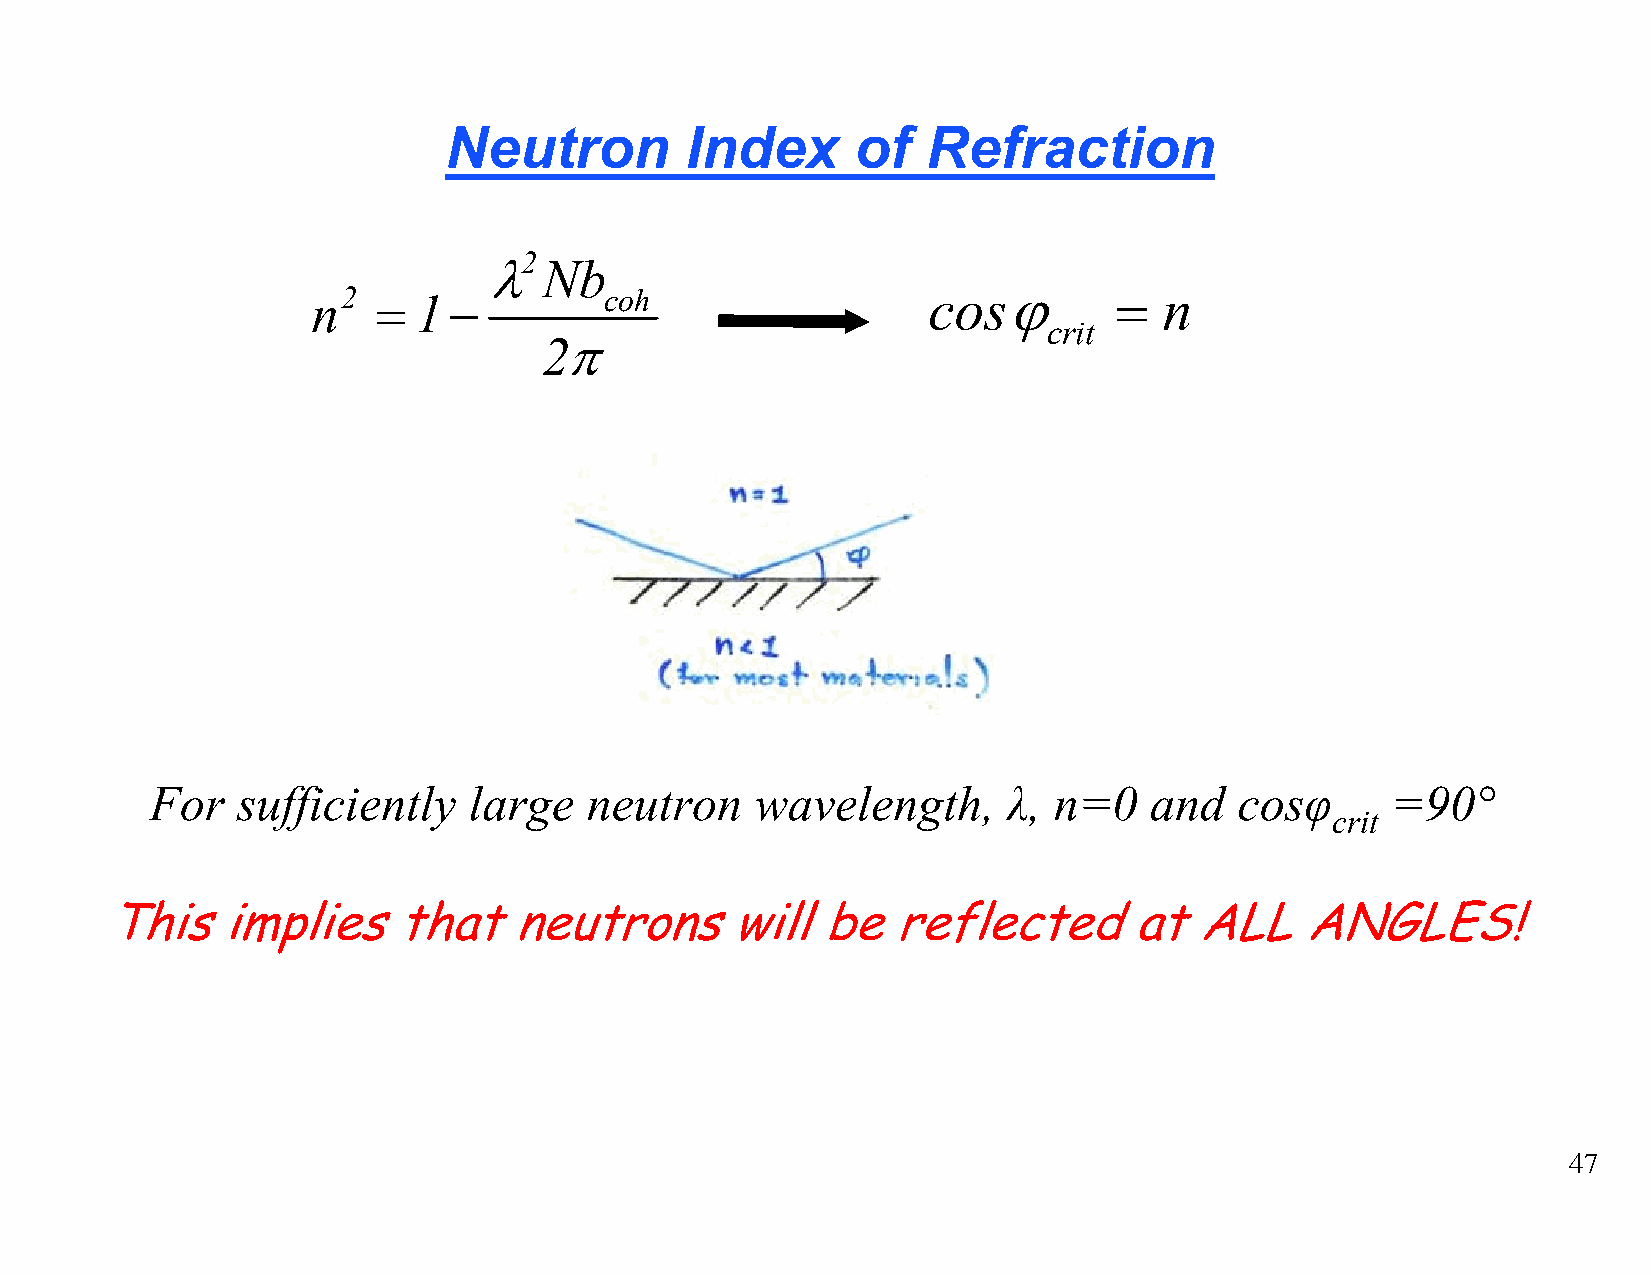
Neutron         Index       of  Refraction
 2
 λ   Nb
 n2  =  1−          coh                  cosϕ         =  n
 crit
 2π
 For   sufficiently   large   neutron    wavelength,      λ, n=0   and   cosφ      =90°
 crit
 This    implies    that    neutrons      will  be   reflected       at  ALL    ANGLES!
 47